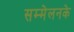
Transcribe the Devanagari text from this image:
सम्मेलनके